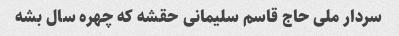
سردار ملی حاج قاسم سلیمانی حقشه که چهره سال بشه